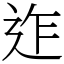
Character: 迮